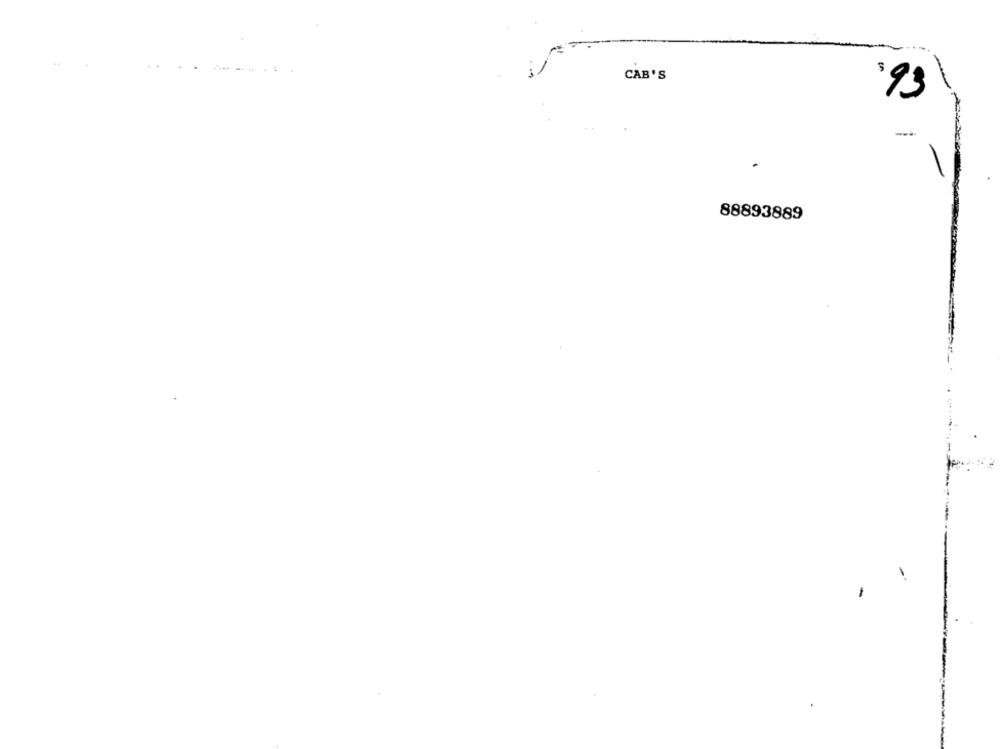
56.
CAB'S
-
88893889